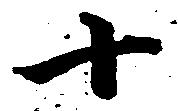
十